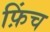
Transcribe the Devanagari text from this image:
फ़िंच